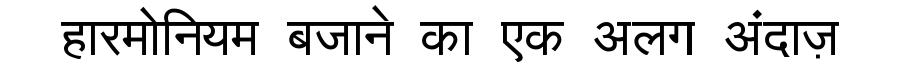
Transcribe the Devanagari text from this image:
हारमोनियम बजाने का एक अलग अंदाज़